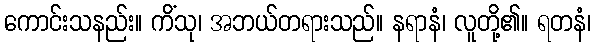
ကောင်းသနည်း။ ကိံသု၊ အဘယ်တရားသည်။ နရာနံ၊ လူတို့၏။ ရတနံ၊